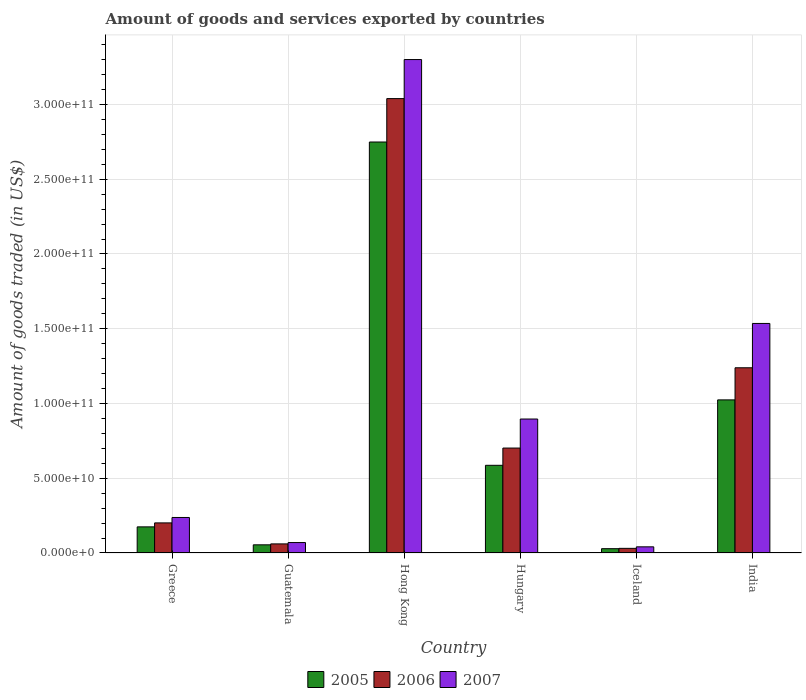
| Country | 2005 | 2006 | 2007 |
 | --- | --- | --- | --- |
 | Greece | 1.75e+10 | 2.01e+10 | 2.38e+10 |
 | Guatemala | 5.46e+09 | 6.08e+09 | 6.98e+09 |
 | Hong Kong | 2.75e+11 | 3.04e+11 | 3.3e+11 |
 | Hungary | 5.86e+10 | 7.02e+10 | 8.96e+10 |
 | Iceland | 2.89e+09 | 3.1e+09 | 4.12e+09 |
 | India | 1.02e+11 | 1.24e+11 | 1.54e+11 |